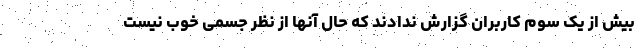
بیش از یک سوم کاربران گزارش ندادند که حال آنها از نظر جسمی خوب نیست